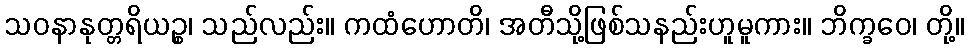
သဝနာနုတ္တရိယဉ္စ၊ သည်လည်း။ ကထံဟောတိ၊ အတီသို့ဖြစ်သနည်းဟူမူကား။ ဘိက္ခဝေ၊ တို့။